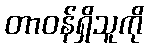
တာဝန်ရှိသူကို